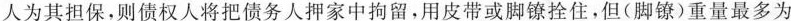
人为其担保，则债权人将把债务人押家中拘留，用皮带或脚镣拴住，但(脚镣)重量最多为